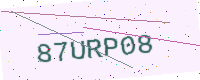
Text: 87URP08